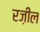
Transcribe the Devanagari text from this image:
रज़ील